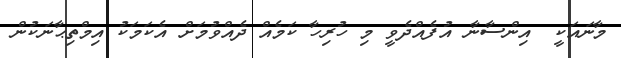
މާނައަކީ  އިންސާނާ އުފެއްދެވީ މި ހުރިހާ ކަމެއް ދެއްވުމަށް އެކަމަކު އިމްތިޙާނަކުން